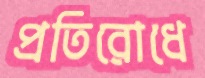
প্রতিরোধে